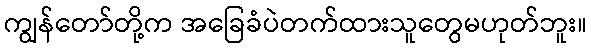
ကျွန်တော်တို့က အခြေခံပဲတက်ထားသူတွေမဟုတ်ဘူး။